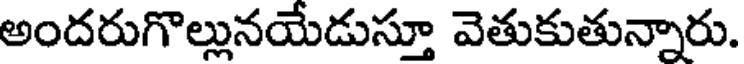
అందరుగొల్లునయేడుస్తూ వెతుకుతున్నారు.